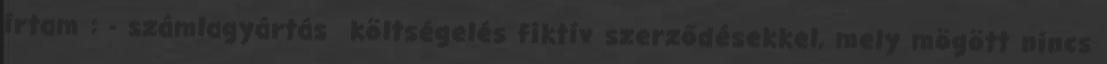
írtam : - számlagyártás költségelés fiktív szerződésekkel, mely mögött nincs